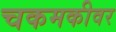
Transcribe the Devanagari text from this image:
चकमकीवर